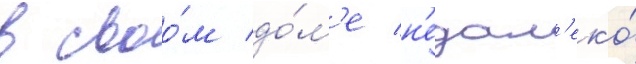
в своо́м до́м'е н'едал'еко́